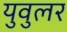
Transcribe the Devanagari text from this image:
युवुलर